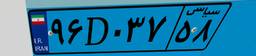
۰۳D۳۹۷۸۰